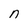
Character: n